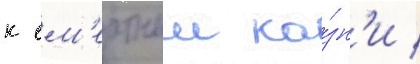
к см'ертнои ка́зн'и /